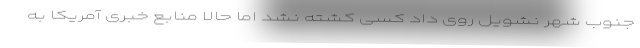
جنوب شهر نشویل روی داد کسی کشته نشد اما حالا منابع خبری آمریکا به